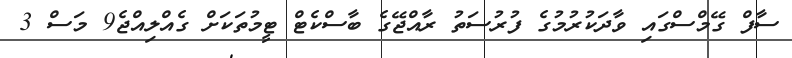
ސާފް ގޭމްސްގައި ވާދަކުރުމުގެ ފުރުސަތު ރާއްޖޭގެ ބާސްކެޓް ޓީމުތަކަށް ގެއްލިއްޖެ9 މަސް 3